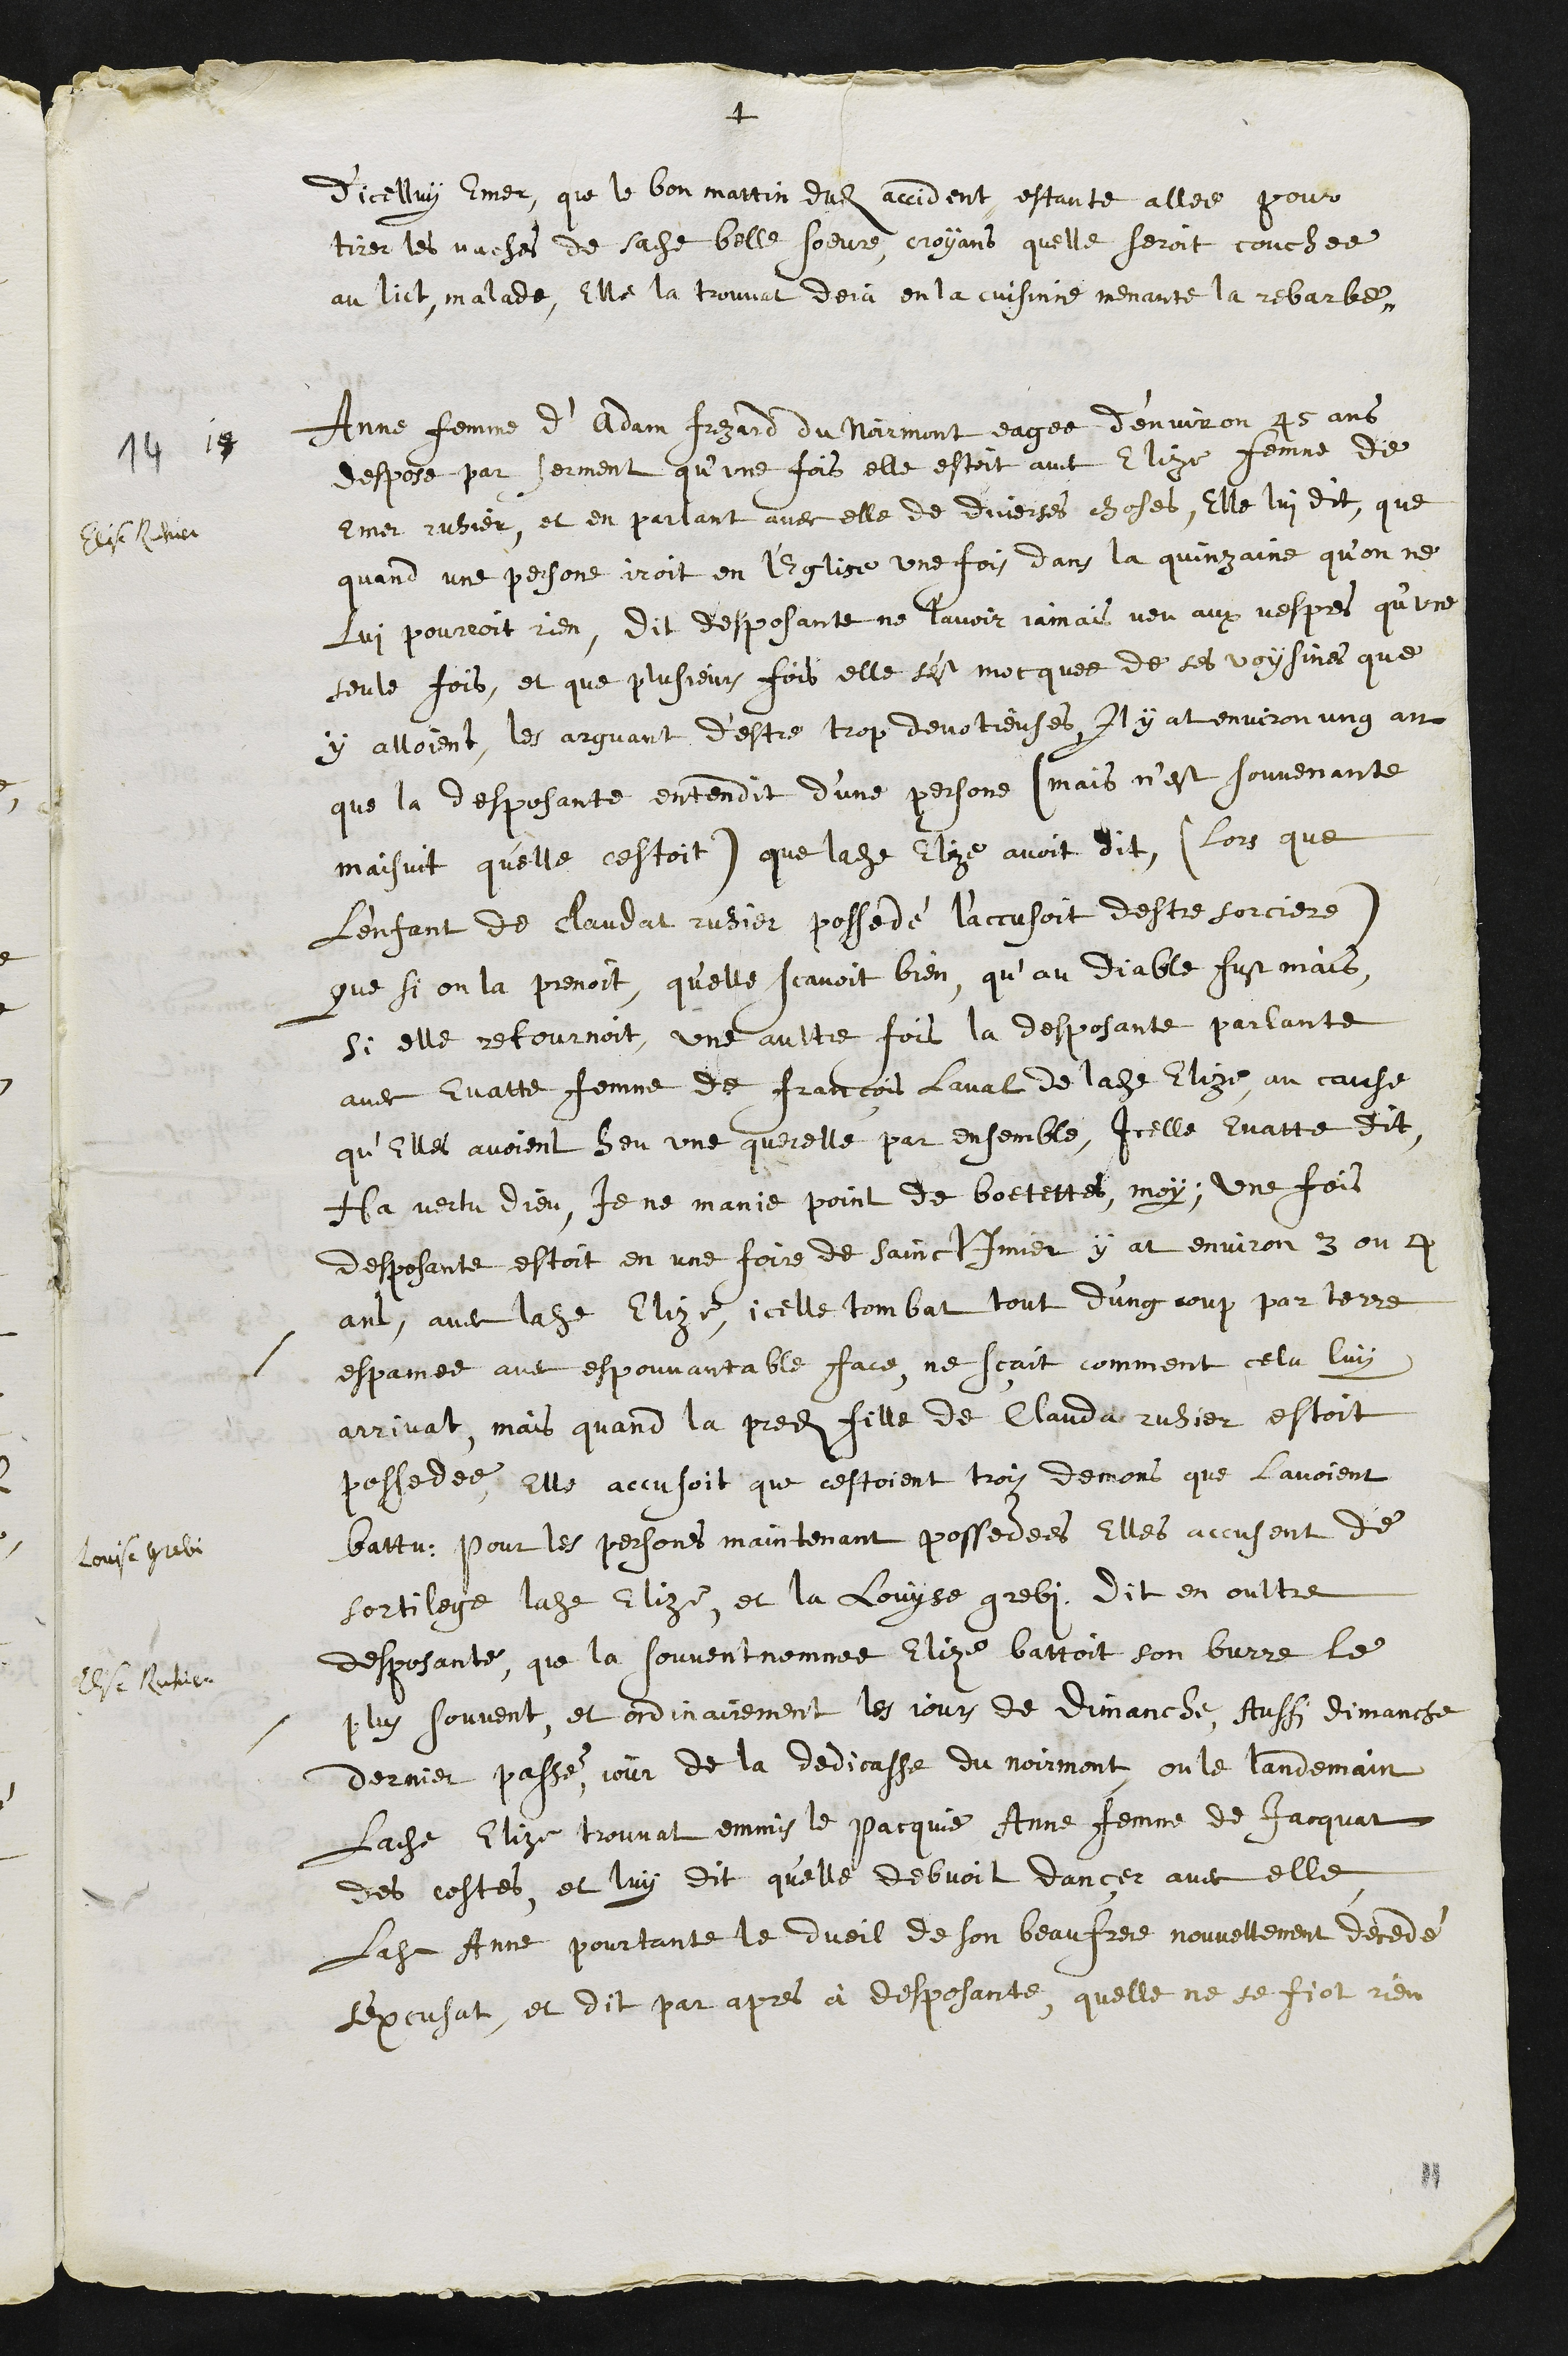
+
d’icelluy Emer, que le bon mattin dudit accident estante allee pour
tirer les vaches de sadite belle soeure, croyans quelle seroit couchee
au lict malade, Elle la trouvat deja en la cuisinne menante la rebarbe
14
Anne femme d'Adam Frezard du Noirmont eagee d'environ 45 ans
despose par serment qu’une fois elle estoit avec Elize femme de
Emer ruhier, et en parlant avec elle de diverses choses, Elle lui dit que
Elise Ruhier
quand une persone iroit en l'Eglise une fois dans la quinzaine qu’on ne
lui pourroit rien, dit desposante ne lavoir jamais veu aux vespres, qu’une
seule fois, et que plusieurs fois elle s'est mocquee de ses voysines que
y alloient, les arguant d'estre trop devotieuses. Il y at environ ung an
que la desposante entendit d’une personne (mais n’est souvenante
maisuit quelle cestoit) que ladite Elize avoit dit (lors que
lenfant de Claudat ruhier possedé l’accusoit destre sorciere)
que si on la prenoit, qu'elle scavoit bien qu’au diable fust mais
si elle retournoit, une aultre fois la desposante parlante
avec Evatte femme de François laval de ladite Elize au cause
qu’Elles avoient heu une querelle par ensemble, Icelle Evatte dit
Ha vertu dieu, je ne manie point de boetettes, moy ; une fois
desposante estoit en une foire de sainct Imer y at environ 3 ou 4
ans, avec ladite Elize, icelle tombat tout d'ung coup par terre
espamee avec espouvantable face, ne scait comment cela luy
arrivat, mais quand la predite fille de Clauda ruhier estoit
possedee, Elle accusoit que cestoient trois demons que lavoient
battu, pour les personnes maintenant possedees, Elles accusent de
Louise Grebi
sortilege ladite Elize et la Louyse grebi. Dit en oultre
desposante, que la souvent nommee Elize battoit son burre, le
Elise Ruhier
plus souvent, et ordinairement les jours de dimanche, Aussi dimanche
dernier passé, jour de la dedicasse du Noirmont, ou le landemain
Ladite Elize trouvat emmis le Pacquie Anne femme de Jacquat
des costes, et luy dit qu'elle debvoit dancer avec elle
Ladite Anne pourtante le dueil de son beau frere nouvellement decedé
s’excusat, et dit par apres à desposante, quelle ne se fiot rien
11